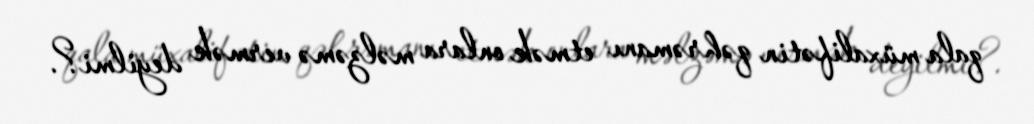
qala müxalifətin qəhrəmanı etmək onlara məlzəmə vermək deyilmi?.